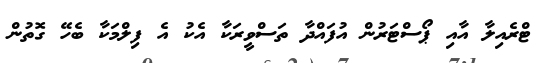
ޓްރެއިލާ އާއި ޕޯސްޓަރުން އުފައްދާ ތަސްވީރަކާ އެކު އެ ފިލްމަކާ ބެހޭ ގޮތުން